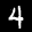
Label: 4